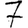
Digit: 7